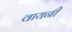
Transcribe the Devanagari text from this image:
वायनी